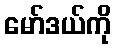
မော်ဒယ်ကို